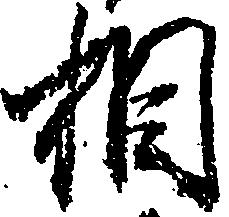
相